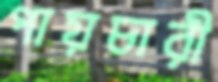
পায়চারী